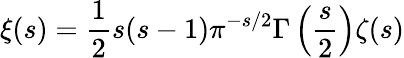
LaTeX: \xi(s)={\frac{1}{2}}s(s-1)\pi^{-s/2}\Gamma\left({\frac{s}{2}}\right)\zeta(s)